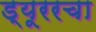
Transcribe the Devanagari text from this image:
ड्यूररचा